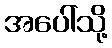
အပေါ်သို့